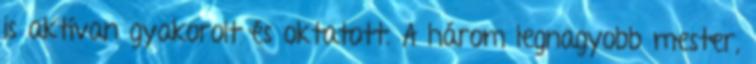
is aktívan gyakorolt és oktatott. A három legnagyobb mester,